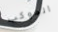
الموكب